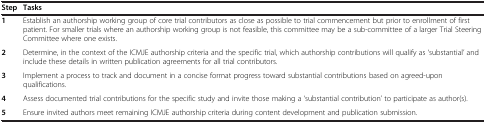
<table><thead><tr><td><b>Step</b></td><td><b>Tasks</b></td></tr></thead><tbody><tr><td><b>1</b></td><td>Establish an authorship working group of core trial contributors as close as possible to trial commencement but prior to enrollment of first patient. For smaller trials where an authorship working group is not feasible, this committee may be a sub-committee of a larger Trial Steering Committee where one exists.</td></tr><tr><td><b>2</b></td><td>Determine, in the context of the ICMJE authorship criteria and the specific trial, which authorship contributions will qualify as ‘substantial’ and include these details in written publication agreements for all trial contributors.</td></tr><tr><td><b>3</b></td><td>Implement a process to track and document in a concise format progress toward substantial contributions based on agreed-upon qualifications.</td></tr><tr><td><b>4</b></td><td>Assess documented trial contributions for the specific study and invite those making a ‘substantial contribution’ to participate as author(s).</td></tr><tr><td><b>5</b></td><td>Ensure invited authors meet remaining ICMJE authorship criteria during content development and publication submission.</td></tr></tbody></table>